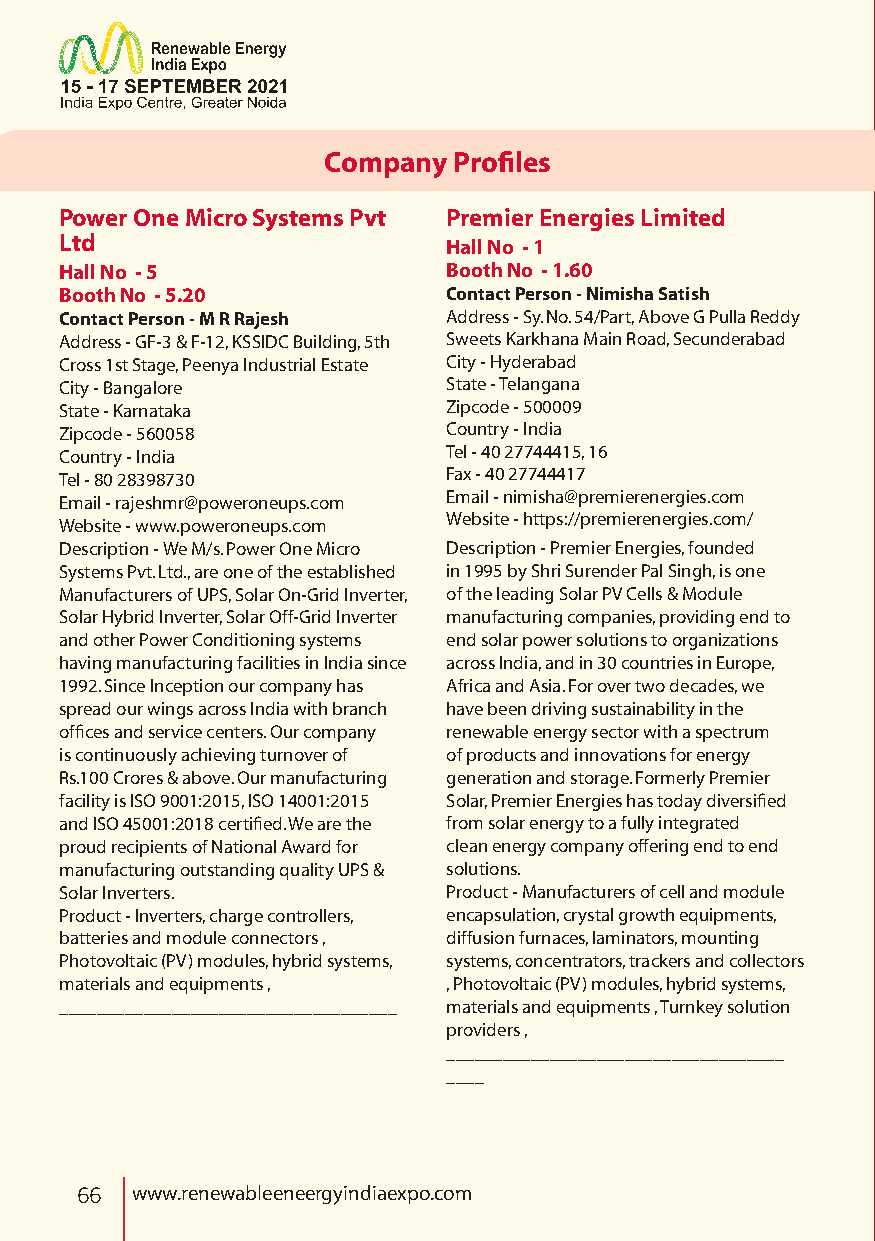
Company  Profiles
 Power One Micro Systems Pvt Premier Energies Limited
 Ltd
 Hall No - 1
 Hall No - 5               Booth No - 1.60
 Booth No - 5.20           Contact Person - Nimisha Satish
 Contact Person - M R Rajesh Address - Sy. No. 54/Part, Above G Pulla Reddy
 Address - GF-3 & F-12, KSSIDC Building, 5th Sweets Karkhana Main Road, Secunderabad
 Cross 1st Stage, Peenya Industrial Estate City - Hyderabad
 City - Bangalore          State - Telangana
 State - Karnataka         Zipcode - 500009
 Zipcode - 560058          Country - India
 Country - India           Tel - 40 27744415, 16
 Tel - 80 28398730         Fax - 40 27744417
 Email - rajeshmr@poweroneups.com Email - nimisha@premierenergies.com
 Website - www.poweroneups.com Website - https://premierenergies.com/
 Description - We M/s. Power One Micro Description - Premier Energies, founded
 Systems Pvt. Ltd., are one of the established in 1995 by Shri Surender Pal Singh, is one
 Manufacturers of UPS, Solar On-Grid Inverter, of the leading Solar PV Cells & Module
 Solar Hybrid Inverter, Solar Off-Grid Inverter manufacturing companies, providing end to
 and other Power Conditioning systems end solar power solutions to organizations
 having manufacturing facilities in India since across India, and in 30 countries in Europe,
 1992. Since Inception our company has Africa and Asia. For over two decades, we
 spread our wings across India with branch have been driving sustainability in the
 offices and service centers. Our company renewable energy sector with a spectrum
 is continuously achieving turnover of of products and innovations for energy
 Rs.100 Crores & above. Our manufacturing generation and storage. Formerly Premier
 facility is ISO 9001:2015, ISO 14001:2015 Solar, Premier Energies has today diversified
 and ISO 45001:2018 certified. We are the from solar energy to a fully integrated
 proud recipients of National Award for clean energy company offering end to end
 manufacturing outstanding quality UPS & solutions.
 Solar Inverters.          Product - Manufacturers of cell and module
 Product - Inverters, charge controllers, encapsulation, crystal growth equipments,
 batteries and module connectors , diffusion furnaces, laminators, mounting
 Photovoltaic (PV) modules, hybrid systems, systems, concentrators, trackers and collectors
 materials and equipments , , Photovoltaic (PV) modules, hybrid systems,
 ____________________________________ materials and equipments , Turnkey solution
 providers ,
 ____________________________________
 ____
 66  www.renewableeneergyindiaexpo.com